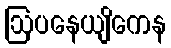
ဩပနေယျိကေန